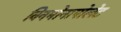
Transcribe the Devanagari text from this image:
विनमोनापोलेट